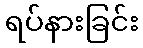
ရပ်နားခြင်း